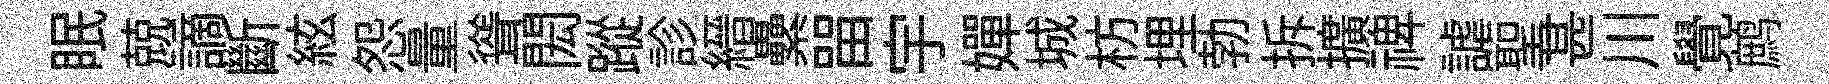
眠兢謫斷絃怨量聳閎蹤診縉纍㽞宇嬋城枋埋勃拆擴禆謔聖甚川覺鹧